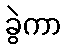
ခွဲကာ